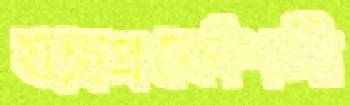
যন্ত্রপ্রকৌশলী